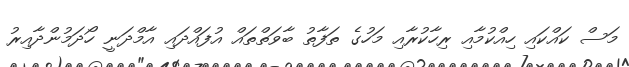
މަސް ކައްކައި ހިއްކުމާއި ރިހާކުރާއި މަހުގެ ތަފާތު ބާވަތްތައް އުފައްދައި އާމްދަނީ ހޯދަމުންދާއިރު